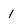
Character: 1